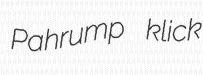
Pahrump klick